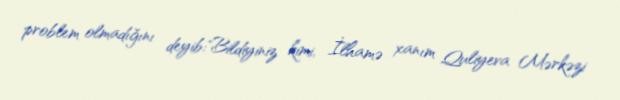
problem olmadığını deyib:"Bildiyiniz kimi, İlhamə xanım Quliyeva Mərkəzi